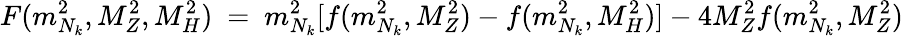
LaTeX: F(m_{N_{k}}^{2},M_{Z}^{2},M_{H}^{2})\ =\ m_{N_{k}}^{2}[f(m_{N_{k}}^{2},M_{Z}^{2})-f(m_{N_{k}}^{2},M_{H}^{2})]-4M_{Z}^{2}f(m_{N_{k}}^{2},M_{Z}^{2})